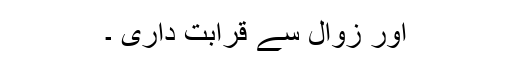
اور زوال سے قرابت داری ۔